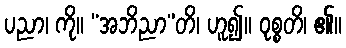
ပညာ၊ ကို။ “အဘိညာ”တိ၊ ဟူ၍။ ဝုစ္စတိ၊ ၏။